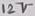
Text: 12V